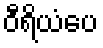
ဝီရိယံပေ